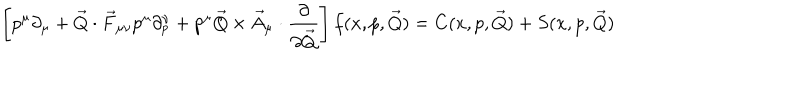
LaTeX: \left[ p ^ { \mu } \partial _ { \mu } + \vec { Q } \cdot \vec { F } _ { \mu \nu } p ^ { \mu } \partial _ { p } ^ { \nu } + p ^ { \mu } \vec { Q } \times \vec { A } _ { \mu } \cdot { \frac { \partial } { \partial \vec { Q } } } \right] f ( x , p , \vec { Q } ) = C ( x , p , \vec { Q } ) + S ( x , p , \vec { Q } )